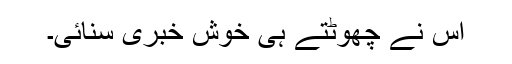
اس نے چھوٹتے ہی خوش خبری سنائی۔